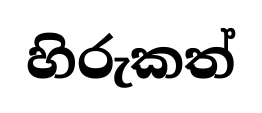
හිරුකත්